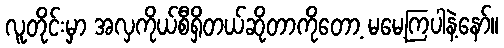
လူတိုင်းမှာ အလှကိုယ်စီရှိတယ်ဆိုတာကိုတော့ မမေ့ကြပါနဲ့နော်။